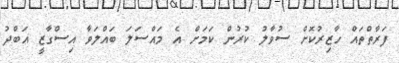
ފަރާތްތައް ހާޒިރުކޮށް ސުވާލު ކުރުން ކަމަށް އެ މައްސަލަ ބައްލަވާ އިސްގާޒީ އަބްދު